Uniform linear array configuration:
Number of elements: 12
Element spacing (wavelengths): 0.75
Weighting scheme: hamming
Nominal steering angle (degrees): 15
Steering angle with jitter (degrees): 16.517
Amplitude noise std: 0.05
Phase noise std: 0.05

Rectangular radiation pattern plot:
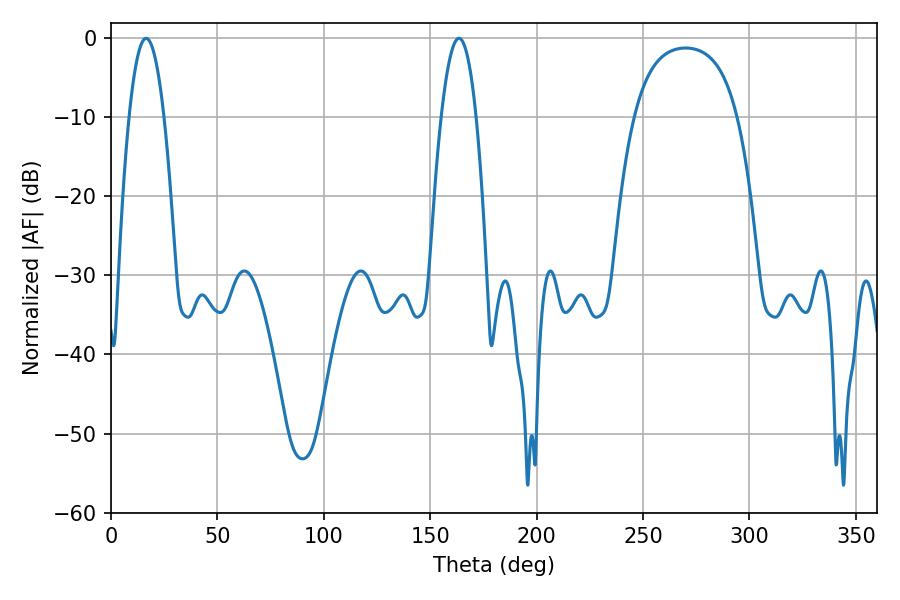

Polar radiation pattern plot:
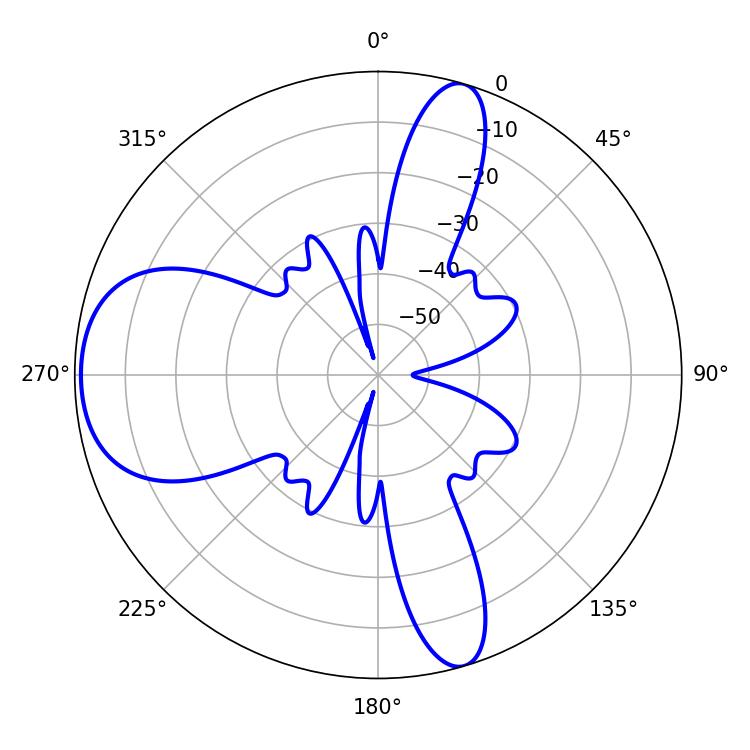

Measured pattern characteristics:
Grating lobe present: TRUE
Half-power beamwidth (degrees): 9
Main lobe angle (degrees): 16.56